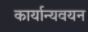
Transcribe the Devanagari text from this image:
कार्यान्यवयन